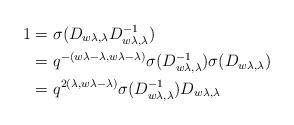
LaTeX: \begin{align*}1 & =\sigma(D_{w\lambda,\lambda}D_{w\lambda,\lambda}^{-1})\\ & =q^{-(w\lambda-\lambda,w\lambda-\lambda)}\sigma(D_{w\lambda,\lambda}^{-1})\sigma(D_{w\lambda,\lambda})\\ & =q^{2(\lambda,w\lambda-\lambda)}\sigma(D_{w\lambda,\lambda}^{-1})D_{w\lambda,\lambda}\end{align*}